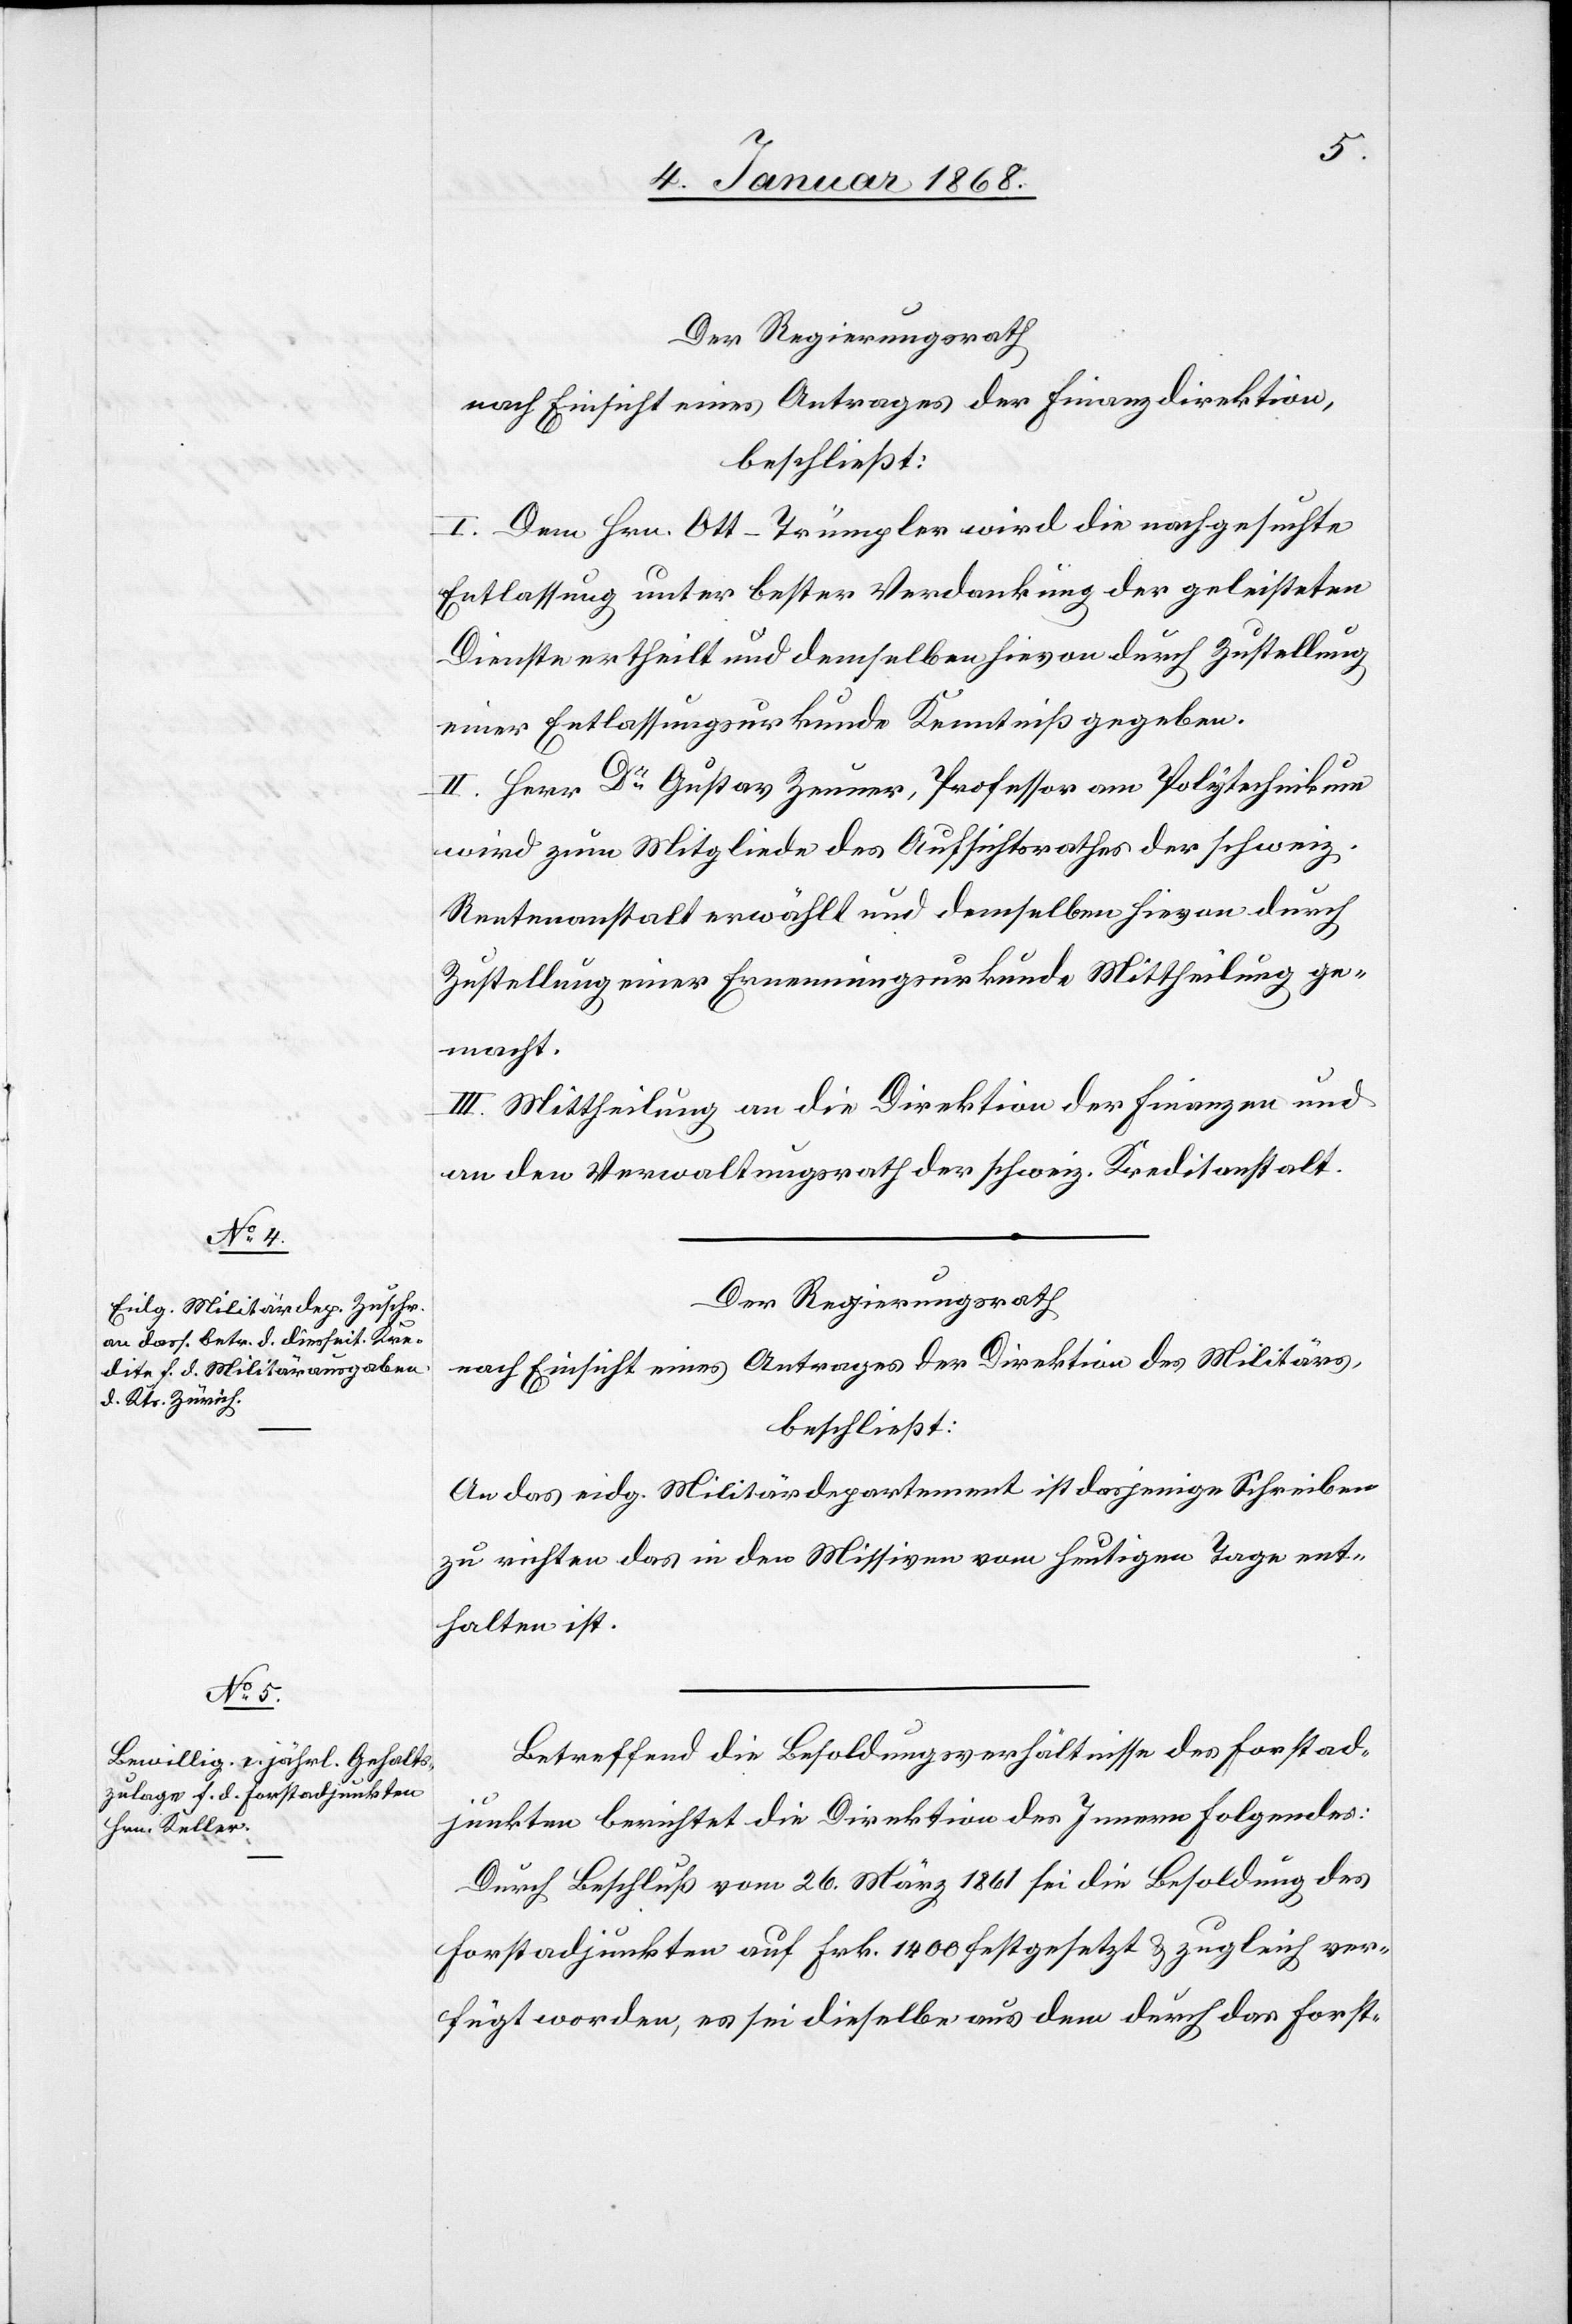
Der Regierungsrath
nach Einsicht eines Antrages der Finanzdirektion,
beschließt:
I. Dem Hrn. Ott-Trümpler wird die nachgesuchte
Entlassung unter bester Verdankung der geleisteten
Dienste ertheilt und demselben hievon durch Zustellung
einer Entlassungsurkunde Kenntniß gegeben.
II. Herr Dr. Gustav Zeuner, Professor am Polytechnikum
wird zum Mitgliede des Aufsichtsrathes der schweiz.
Rentenanstalt erwählt und demselben hievon durch
Zustellung einer Ernennungsurkunde Mittheilung ge¬
macht.
III. Mittheilung an die Direktion der Finanzen und
an den Verwaltungsrath der schweiz. Kreditanstalt.
Der Regierungsrath
nach Einsicht eines Antrages der Direktion des Militärs,
beschließt:
An das eidg. Militärdepartement ist dasjenige Schreiben
zu richten das in den Missiven vom heutigen Tage ent¬
halten ist.
Betreffend die Besoldungsverhältnisse des Forstad¬
junkten berichtet die Direktion des Innern Folgendes:
Durch Beschluß vom 26. März 1861 sei die Besoldung des
Forstadjunkten auf Frk. 1400 festgesetzt & zugleich ver¬
fügt worden, es sei dieselbe aus dem durch das Forst-